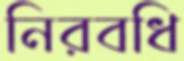
নিরবধি